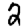
Digit: 2